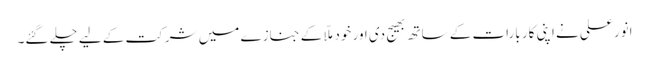
انور علی نے اپنی کار بارات کے ساتھ بھیج دی اور خود ملّا کے جنازے میں شرکت کے لیے چلے گئے۔